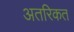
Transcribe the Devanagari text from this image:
अतरिकत